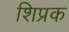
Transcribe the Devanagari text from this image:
शिप्रक